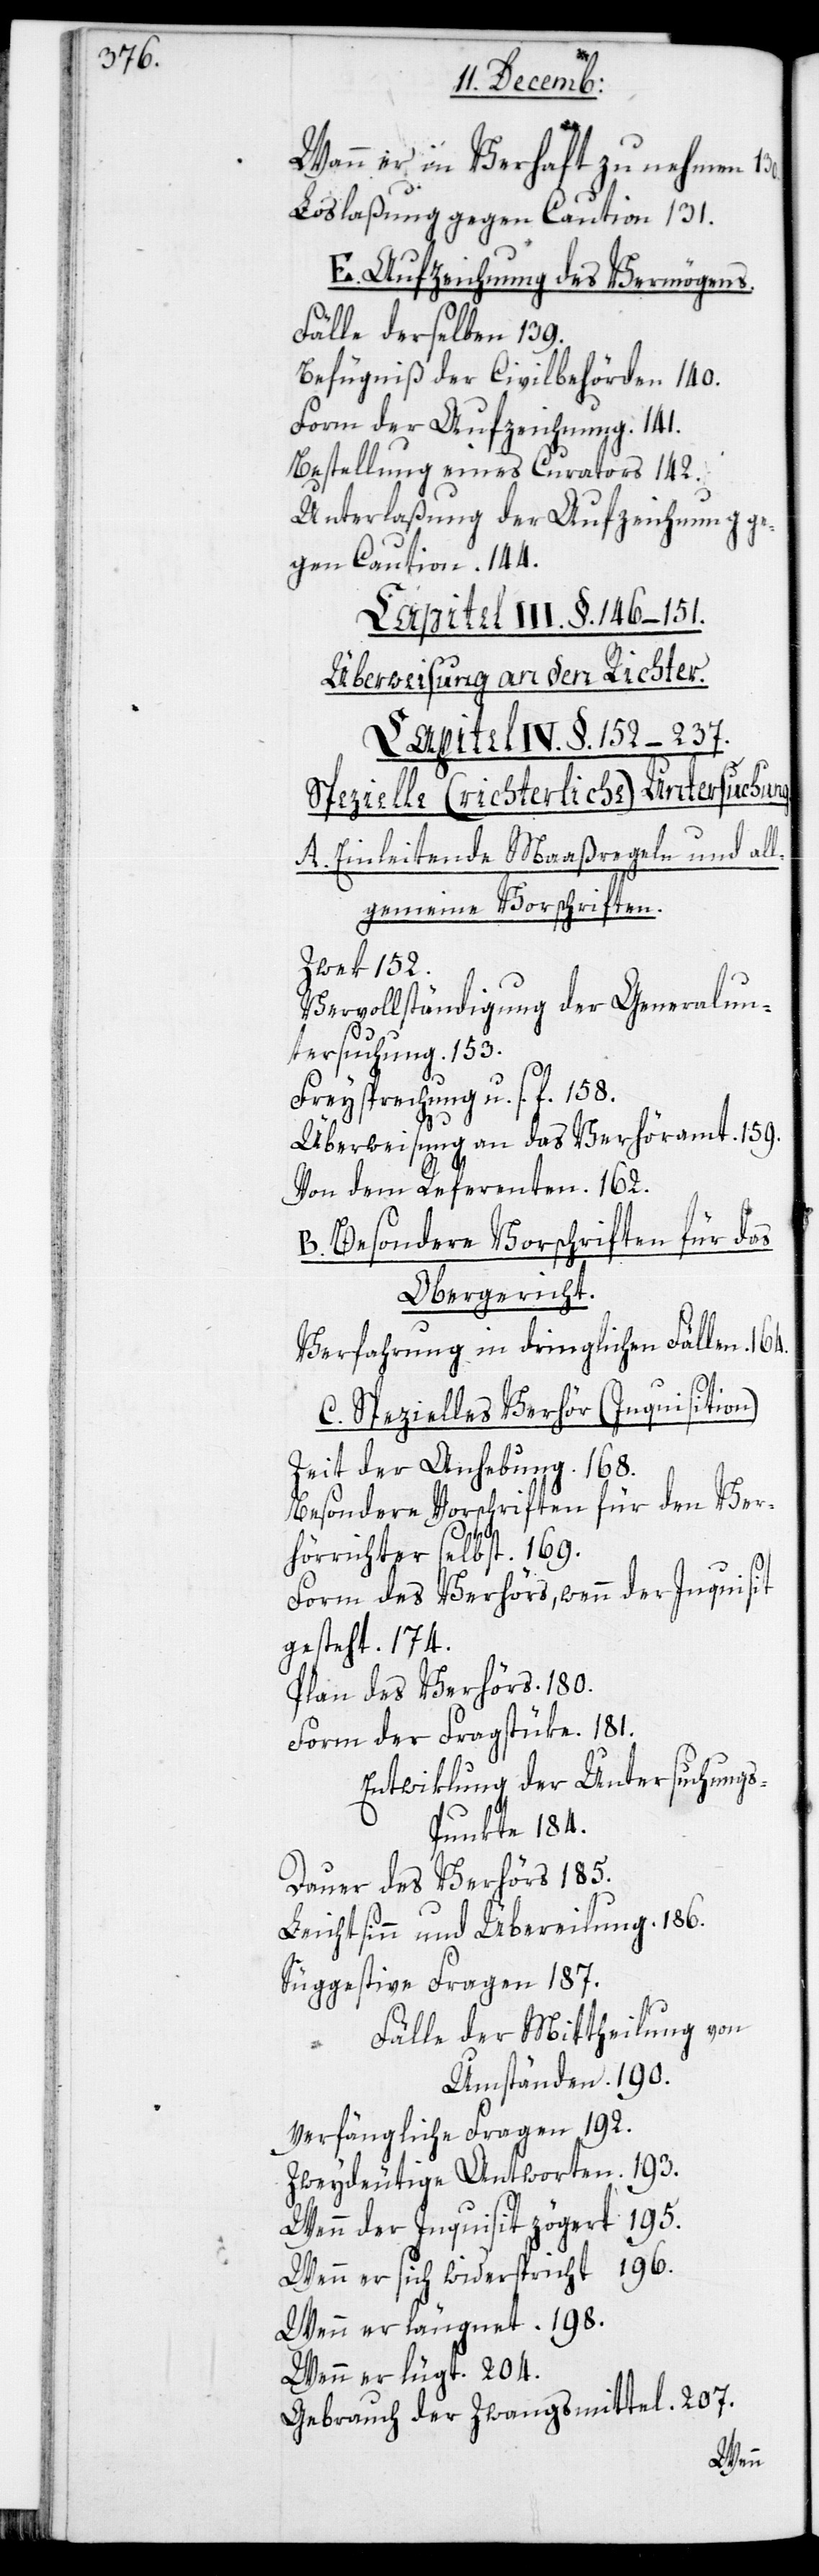
Wann er in Verhaf zu nehmen
Loslaßung gegen Caution 131.
E. Aufzeichnung des Vermögens.
Fälle derselben 139.
Befugniß der Civilbehörden 140.
Form der Aufzeichnung. 141.
Bestellung eines Curators 142.
Unterlaßung der Aufzeichnung ge¬
gen Caution. 144.
Capitel III. §. 146–151.
Überweisung an den Richter
Capitel IV. §. 152–237.
Spezielle (richterliche) Untersuchung.
A. Einleitende Maaßregeln und all¬
gemine Vorschriften.
Zwek 152.
Vervollständigung der Generalun¬
tersuchung. 153.
Freysprechung u. s. f. 158.
Überweisung an das Verhöramt. 159.
Von dem Referenten. 162.
B. Besondere Vorschriften für das
Obergericht.
Verfahren in dringlichen Fällen. 164.
C. Spezielles Verhöre (Inquisition)
Zeit der Anhebung. 168.
Besondere Vorschriften für den Ver¬
hörrichter selbst. 169.
130.
Form des Verhörs, wenn der Inquisit
gesteht. 174.
Plan des Verhörs. 180.
Form der Fragstüke. 181.
Entwiklung der Untersuchung¬
s-Punkte 184.
Dauer des Verhörs 185.
Leichtsinn und Übereilung. 186.
Suggestive Fragen 187.
von
Fälle der Mittheilung
Umständen. 190.
Verfängliche Fragen 192.
Zweydeutige Antworten. 193.
Wenn der Inquisit zögert. 195.
Wenn er sich widerspricht. 196.
Wenn er läugnet. 198.
Wenn er lügt. 204.
Gebrauch der Zwangsmittel. 207.